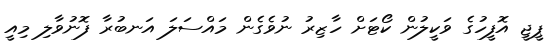
ޕީޖީ އޮފީހުގެ ވަކީލުން ކޯޓަށް ހާޒިރު ނުވެގެން މައްސަލަ އަނބުރާ ފޮނުވާލި މިއީ